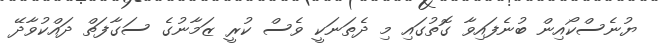
ޔުނެސްކޯއިން ބުނެފައިވާ ގޮތުގައި މި ދެތަނަކީ ވެސް ކުރީ ޒަމާނުގެ ސަގާފަތް ދައްކުވާދޭ